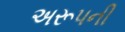
અરૂપની